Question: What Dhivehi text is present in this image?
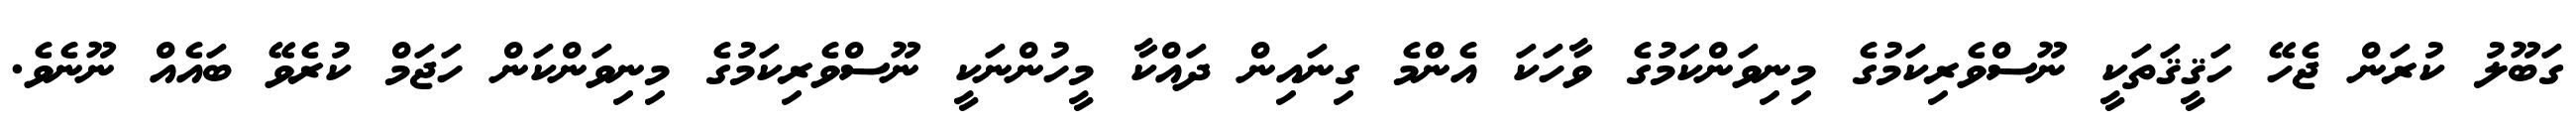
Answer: ގަބޫލު ކުރަން ޖެހޭ ހަޤީޤަތަކީ ނޫސްވެރިކަމުގެ މިނިވަންކަމުގެ ވާހަކަ އެންމެ ގިނައިން ދައްކާ މީހުންނަކީ ނޫސްވެރިކަމުގެ މިނިވަންކަން ހަޖަމް ކުރެވޭ ބައެއް ނޫނެވެ.